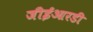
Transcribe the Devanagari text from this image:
जीईआरडी